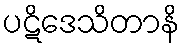
ပဋိဒေသိတာနိ